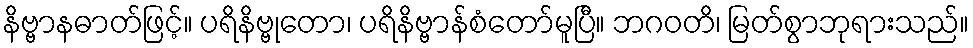
နိဗ္ဗာနဓာတ်ဖြင့်။ ပရိနိဗ္ဗုတော၊ ပရိနိဗ္ဗာန်စံတော်မူပြီ။ ဘဂဝတိ၊ မြတ်စွာဘုရားသည်။